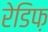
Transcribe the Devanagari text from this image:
रेडिफ़